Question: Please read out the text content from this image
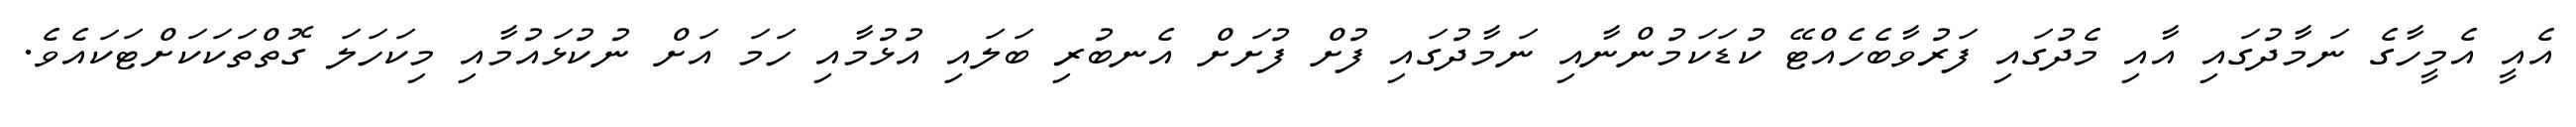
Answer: އެއީ އެމީހާގެ ނަމާދުގައި އާއި މެދުގައި ފަރުވާބެހެއްޓޭ ކުޑަކަމުންނާއި ނަމާދުގައި ފުށް ފުށަށް އެނބުރި ބަލައި އުޅުމާއި ހަމަ އަށް ނުކުޅައުމާއި މިކަހަލަ ގޮތްތަކަކަށްޓަކައެވެ.